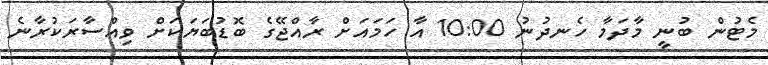
މެޓުން ބުނީ މާދަމާ ހެނދުނު 10:00 އާ ހަމައަށް ރާއްޖޭގެ ބޮޑުބަޔަކަށް ވިއްސާރަކުރާނެ